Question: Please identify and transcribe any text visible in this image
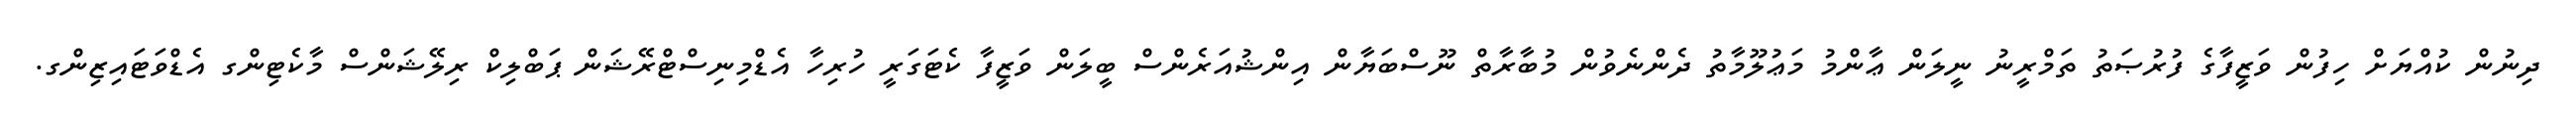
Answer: ދިނުން ކުއްޔަށް ހިފުން ވަޒީފާގެ ފުރުޞަތު ތަމްރީނު ނީލަން ޢާންމު މަޢުލޫމާތު ދެންނެވުން މުބާރާތް ނޫސްބަޔާން އިންޝުއަރެންސް ބީލަން ވަޒީފާ ކެޓަގަރީ ހުރިހާ އެޑްމިނިސްޓްރޭޝަން ޕަބްލިކް ރިލޭޝަންސް މާކެޓިންގ އެޑްވަޓައިޒިންގ.